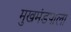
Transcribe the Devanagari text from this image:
मुखमंडपाला